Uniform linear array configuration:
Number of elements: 4
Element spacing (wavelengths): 0.25
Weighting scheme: hamming
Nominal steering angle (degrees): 60
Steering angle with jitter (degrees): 61.271
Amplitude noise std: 0.05
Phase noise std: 0.05

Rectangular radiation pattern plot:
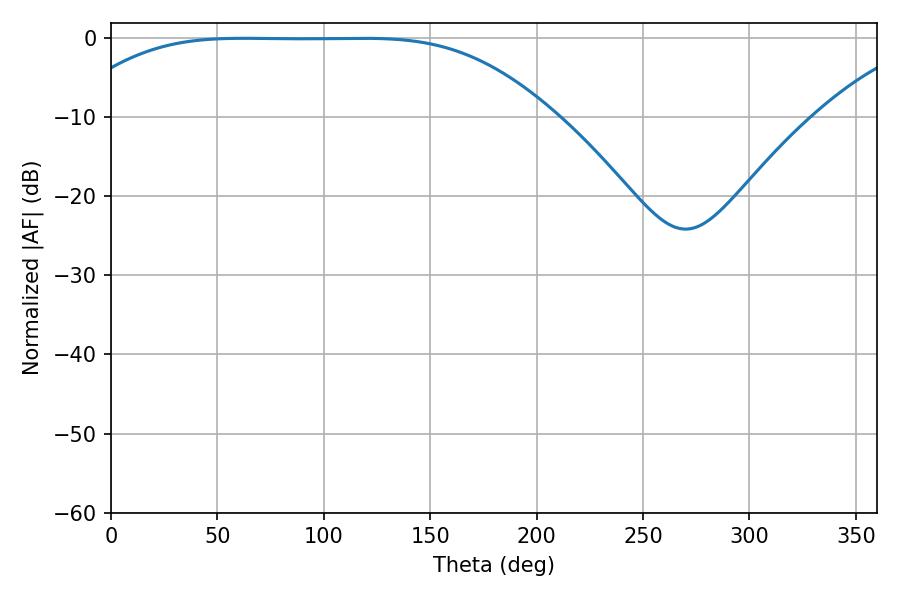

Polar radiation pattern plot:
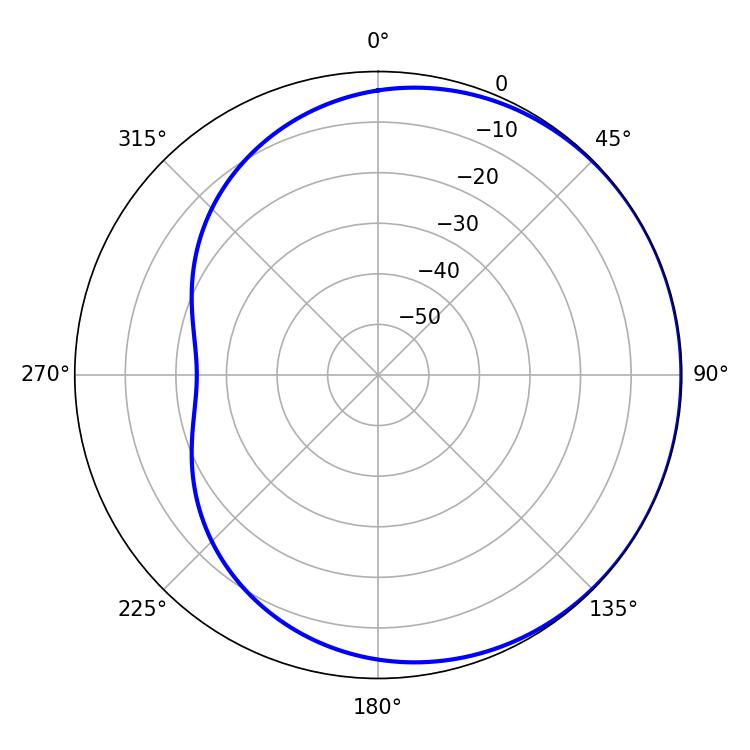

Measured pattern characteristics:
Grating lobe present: FALSE
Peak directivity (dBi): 0.4711
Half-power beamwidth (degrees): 169.56
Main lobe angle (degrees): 62.46